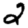
Digit: 2